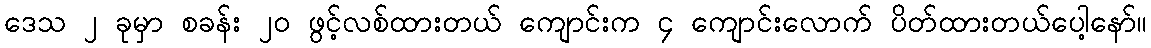
ဒေသ ၂ ခုမှာ စခန်း ၂၀ ဖွင့်လစ်ထားတယ် ကျောင်းက ၄ ကျောင်းလောက် ပိတ်ထားတယ်ပေါ့နော်။